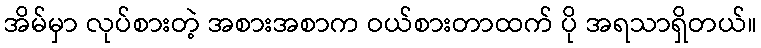
အိမ်မှာ လုပ်စားတဲ့ အစားအစာက ဝယ်စားတာထက် ပို အရသာရှိတယ်။